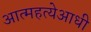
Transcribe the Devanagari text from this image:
आत्महत्येआधी